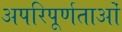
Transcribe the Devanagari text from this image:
अपरिपूर्णताओं